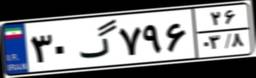
۰۵گ۰۷۷۳۳